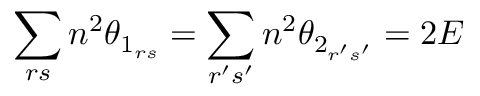
\sum _ { r s } n ^ { 2 } \theta _ { 1 _ { r s } } = \sum _ { r ^ { \prime } s ^ { \prime } } n ^ { 2 } \theta _ { 2 _ { r ^ { \prime } s ^ { \prime } } } = 2 E